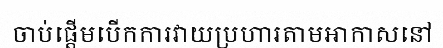
ចាប់ផ្តើមបើកការវាយប្រហារតាមអាកាសនៅ